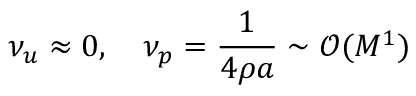
\nu _ { u } \approx 0 , \quad \nu _ { p } = \frac { 1 } { 4 \rho a } \sim \mathcal { O } ( M ^ { 1 } )